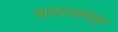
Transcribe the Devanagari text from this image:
पायदळामागून